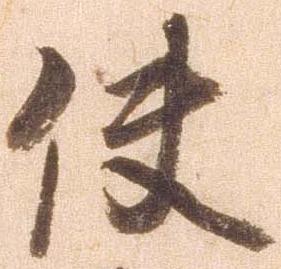
使